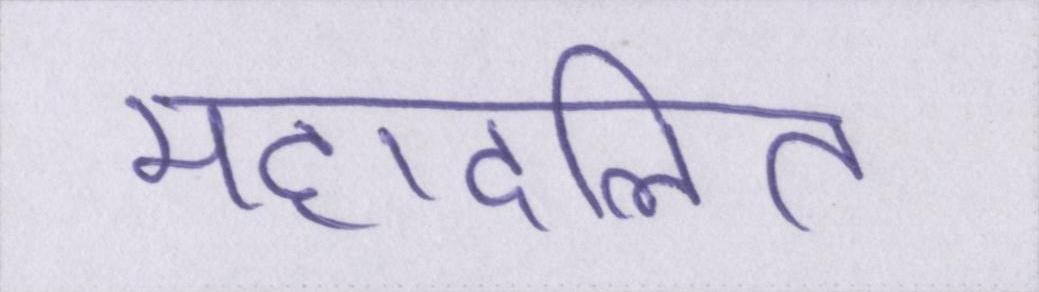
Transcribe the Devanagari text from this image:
महादलित